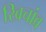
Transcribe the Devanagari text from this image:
खिचांव